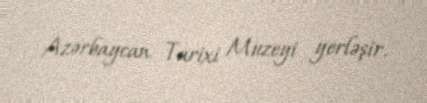
Azərbaycan Tarixi Muzeyi yerləşir.